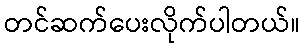
တင်ဆက်ပေးလိုက်ပါတယ်။